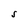
Character: S